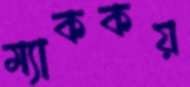
ম্যাককয়